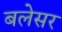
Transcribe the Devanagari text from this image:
बलेसर